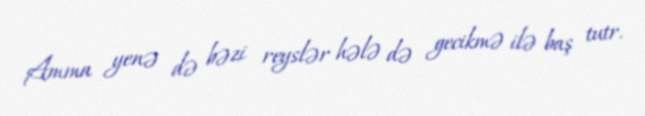
Amma yenə də bəzi reyslər hələ də gecikmə ilə baş tutr.